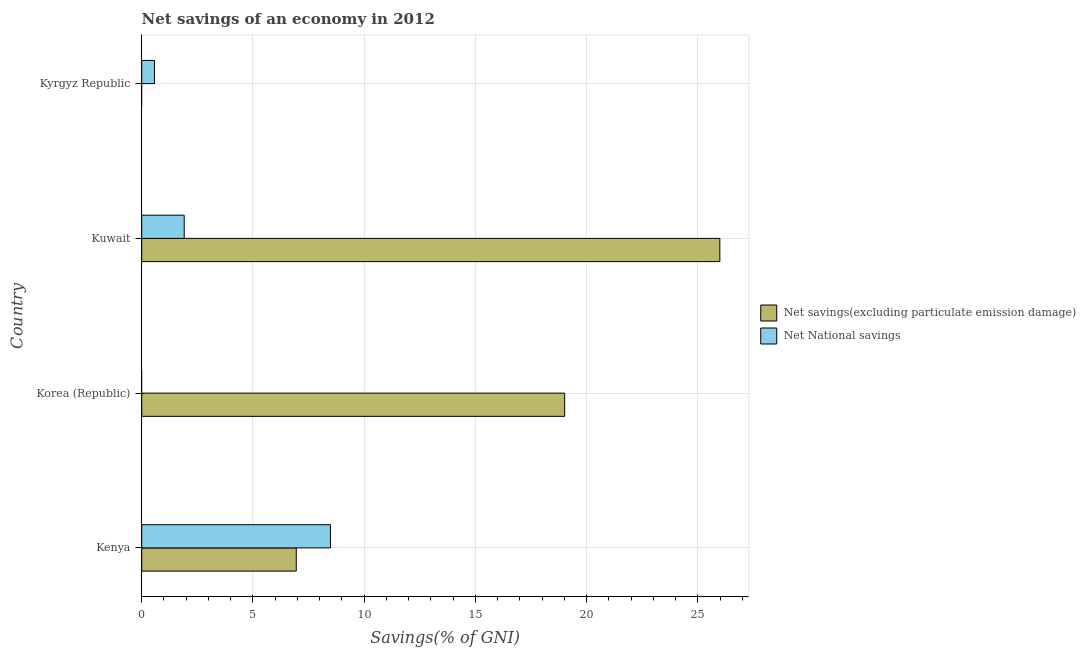
| Country | Net savings(excluding particulate emission damage) | Net National savings |
 | --- | --- | --- |
 | Kenya | 6.95 | 8.48 |
 | Korea (Republic) | 19 | -0.539 |
 | Kuwait | 26 | 1.91 |
 | Kyrgyz Republic | -1.95 | 0.573 |